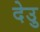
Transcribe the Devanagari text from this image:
देउु